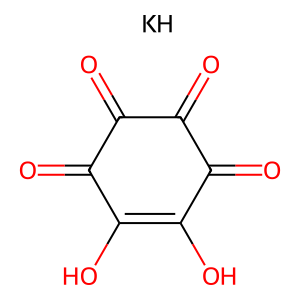
SMILES: O=c1c(O)c(O)c(=O)c(=O)c1=O.[KH]
Inhibits HIV replication: No